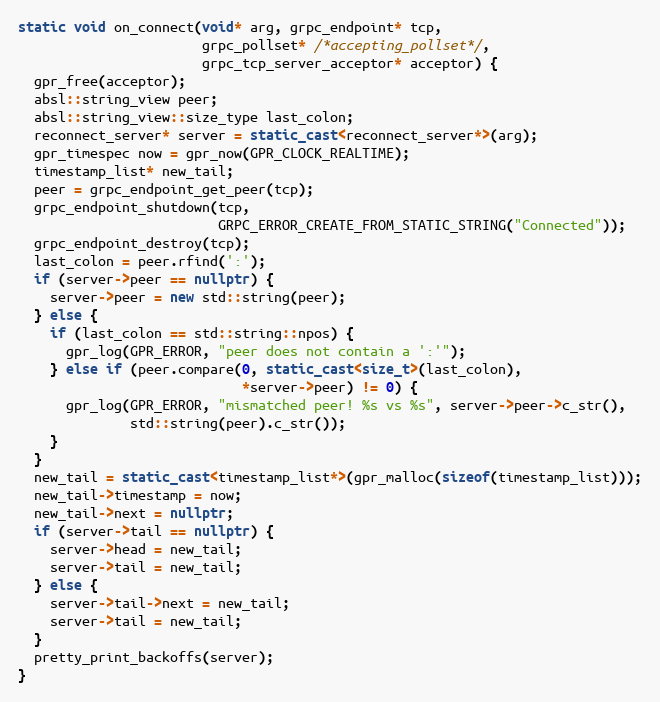
Language: C++
static void on_connect(void* arg, grpc_endpoint* tcp,
                       grpc_pollset* /*accepting_pollset*/,
                       grpc_tcp_server_acceptor* acceptor) {
  gpr_free(acceptor);
  absl::string_view peer;
  absl::string_view::size_type last_colon;
  reconnect_server* server = static_cast<reconnect_server*>(arg);
  gpr_timespec now = gpr_now(GPR_CLOCK_REALTIME);
  timestamp_list* new_tail;
  peer = grpc_endpoint_get_peer(tcp);
  grpc_endpoint_shutdown(tcp,
                         GRPC_ERROR_CREATE_FROM_STATIC_STRING("Connected"));
  grpc_endpoint_destroy(tcp);
  last_colon = peer.rfind(':');
  if (server->peer == nullptr) {
    server->peer = new std::string(peer);
  } else {
    if (last_colon == std::string::npos) {
      gpr_log(GPR_ERROR, "peer does not contain a ':'");
    } else if (peer.compare(0, static_cast<size_t>(last_colon),
                            *server->peer) != 0) {
      gpr_log(GPR_ERROR, "mismatched peer! %s vs %s", server->peer->c_str(),
              std::string(peer).c_str());
    }
  }
  new_tail = static_cast<timestamp_list*>(gpr_malloc(sizeof(timestamp_list)));
  new_tail->timestamp = now;
  new_tail->next = nullptr;
  if (server->tail == nullptr) {
    server->head = new_tail;
    server->tail = new_tail;
  } else {
    server->tail->next = new_tail;
    server->tail = new_tail;
  }
  pretty_print_backoffs(server);
}